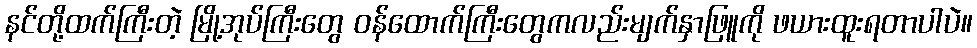
နင်တို့ထက်ကြီးတဲ့ မြို့အုပ်ကြီးတွေ ဝန်ထောက်ကြီးတွေကလည်းမျက်နှာဖြူကို ဖယားထူးရတာပါပဲ။